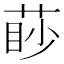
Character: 𦳥